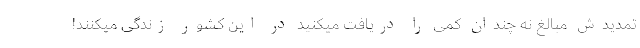
تمدیدش مبالغ نه چندان کمی را دریافت میکنید در این کشور زندگی میکنند!